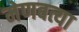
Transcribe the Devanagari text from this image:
मेणबत्या